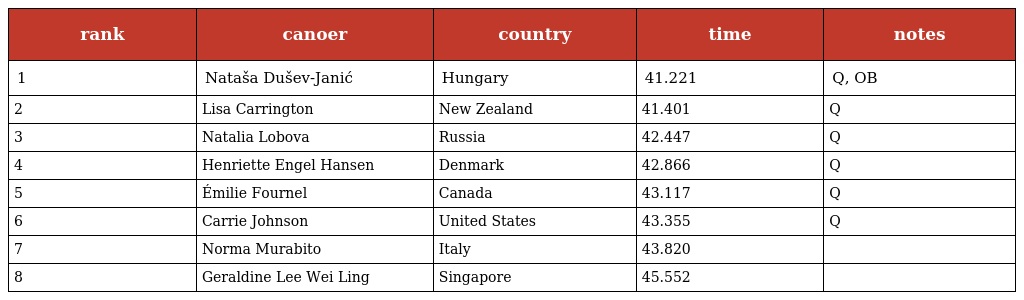
| rank | canoer | country | time | notes |
 | --- | --- | --- | --- | --- |
 | 1 | Nataša Dušev-Janić | Hungary | 41.221 | Q, OB |
 | 2 | Lisa Carrington | New Zealand | 41.401 | Q |
 | 3 | Natalia Lobova | Russia | 42.447 | Q |
 | 4 | Henriette Engel Hansen | Denmark | 42.866 | Q |
 | 5 | Émilie Fournel | Canada | 43.117 | Q |
 | 6 | Carrie Johnson | United States | 43.355 | Q |
 | 7 | Norma Murabito | Italy | 43.820 |  |
 | 8 | Geraldine Lee Wei Ling | Singapore | 45.552 |  |